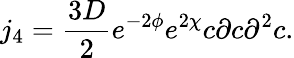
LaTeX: j_{4}=\frac{3D}{2}e^{-2\phi}e^{2\chi}c\partial c{\partial}^{2}c.